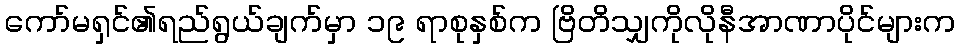
ကော်မရှင်၏ရည်ရွယ်ချက်မှာ ၁၉ ရာစုနှစ်က ဗြိတိသျှကိုလိုနီအာဏာပိုင်များက